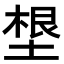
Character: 𡏒